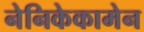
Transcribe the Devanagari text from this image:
नेनिकेकामेन